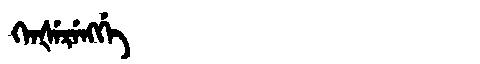
Manchu: ᡴᡝᠨᡧᡝᡵᡝᠩᡤᡝ
Romanization: KENŠERENGGE